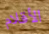
الأقلام